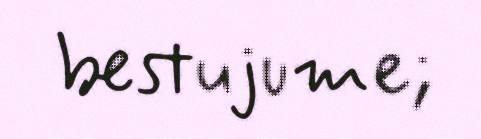
bestujume;